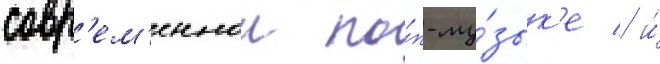
совр'ем'еннои по́п-му́зык'е / и́